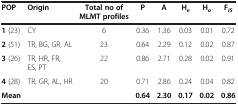
<table><thead><tr><td><b>POP</b></td><td><b>Origin</b></td><td><b>Total no of MLMT profiles</b></td><td><b>P</b></td><td><b>A</b></td><td><b>H<sub><i>e</i></sub></b></td><td><b>H<sub><i>o</i></sub></b></td><td><b>F<sub><i>IS</i></sub></b></td></tr></thead><tbody><tr><td><b>1</b> (23)</td><td>CY</td><td>6</td><td>0.36</td><td>1.36</td><td>0.03</td><td>0.01</td><td>0.72</td></tr><tr><td><b>2</b> (51)</td><td>TR, BG, GR, AL</td><td>23</td><td>0.64</td><td>2.29</td><td>0.12</td><td>0.02</td><td>0.87</td></tr><tr><td><b>3</b> (26)</td><td>TR, HR, FR, ES, PT</td><td>22</td><td>0.86</td><td>2.71</td><td>0.28</td><td>0.02</td><td>0.91</td></tr><tr><td><b>4</b> (28)</td><td>TR, GR, AL, HR</td><td>20</td><td>0.71</td><td>2.86</td><td>0.24</td><td>0.04</td><td>0.82</td></tr><tr><td><b>Mean</b></td><td> </td><td> </td><td><b>0.64</b></td><td><b>2.30</b></td><td><b>0.17</b></td><td><b>0.02</b></td><td><b>0.86</b></td></tr></tbody></table>